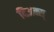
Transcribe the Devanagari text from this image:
दिअक्स्